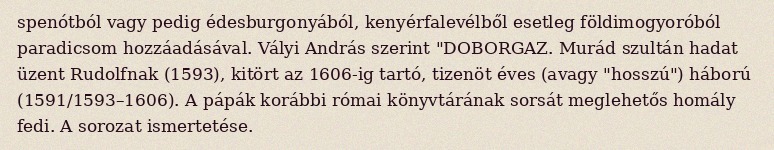
spenótból vagy pedig édesburgonyából, kenyérfalevélből esetleg földimogyoróból paradicsom hozzáadásával. Vályi András szerint "DOBORGAZ. Murád szultán hadat üzent Rudolfnak (1593), kitört az 1606-ig tartó, tizenöt éves (avagy "hosszú") háború (1591/1593–1606). A pápák korábbi római könyvtárának sorsát meglehetős homály fedi. A sorozat ismertetése.